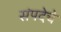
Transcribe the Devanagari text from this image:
संपदेचे